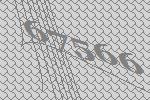
67566